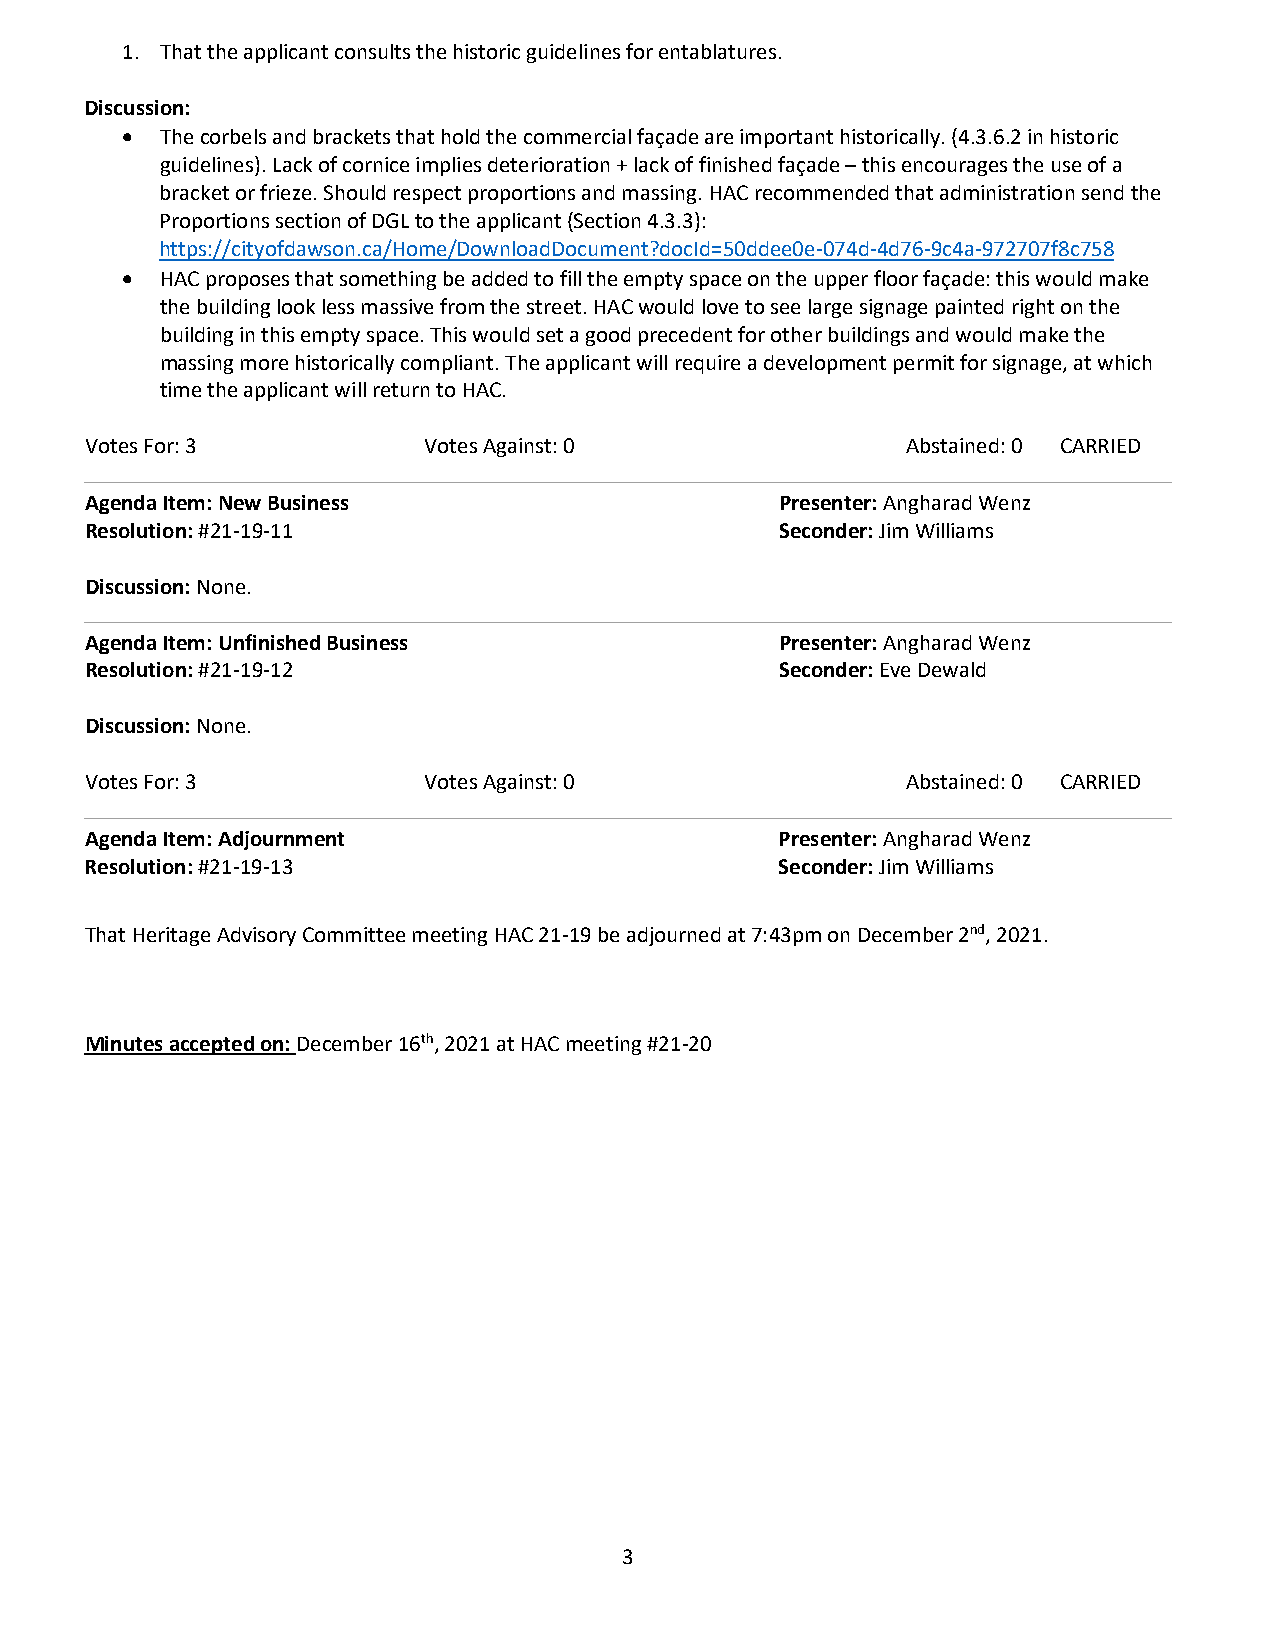
1. That the applicant consults the historic guidelines for entablatures.
 Discussion:
 •  The corbels and brackets that hold the commercial façade are important historically. (4.3.6.2 in historic
 guidelines). Lack of cornice implies deterioration + lack of finished façade – this encourages the use of a
 bracket or frieze. Should respect proportions and massing. HAC recommended that administration send the
 Proportions section of DGL to the applicant (Section 4.3.3):
 https://cityofdawson.ca/Home/DownloadDocument?docId=50ddee0e-074d-4d76-9c4a-972707f8c758
 •  HAC proposes that something be added to fill the empty space on the upper floor façade: this would make
 the building look less massive from the street. HAC would love to see large signage painted right on the
 building in this empty space. This would set a good precedent for other buildings and would make the
 massing more historically compliant. The applicant will require a development permit for signage, at which
 time the applicant will return to HAC.
 Votes For: 3          Votes Against: 0                Abstained: 0 CARRIED
 Agenda Item: New Business                     Presenter: Angharad Wenz
 Resolution: #21-19-11                         Seconder: Jim Williams
 Discussion: None.
 Agenda Item: Unfinished Business              Presenter: Angharad Wenz
 Resolution: #21-19-12                         Seconder: Eve Dewald
 Discussion: None.
 Votes For: 3          Votes Against: 0                Abstained: 0 CARRIED
 Agenda Item: Adjournment                      Presenter: Angharad Wenz
 Resolution: #21-19-13                         Seconder: Jim Williams
 That Heritage Advisory Committee meeting HAC 21-19 be adjourned at 7:43pm on December 2nd, 2021.
 Minutes accepted on: December 16th, 2021 at HAC meeting #21-20
 3